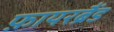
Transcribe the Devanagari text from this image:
फ़ायरब्रैंड